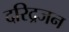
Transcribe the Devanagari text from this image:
दरिद्रजन